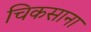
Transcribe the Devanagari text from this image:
चिकसाना